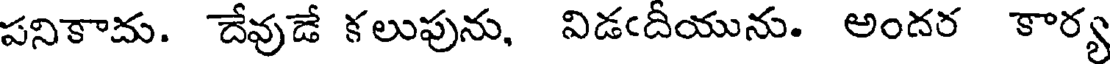
పనికాదు. దేవుడే కలుపును, విడఁదీయును. అందర కార్య